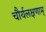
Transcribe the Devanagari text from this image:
चौर्यलक्षणाम्